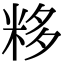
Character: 𥹠